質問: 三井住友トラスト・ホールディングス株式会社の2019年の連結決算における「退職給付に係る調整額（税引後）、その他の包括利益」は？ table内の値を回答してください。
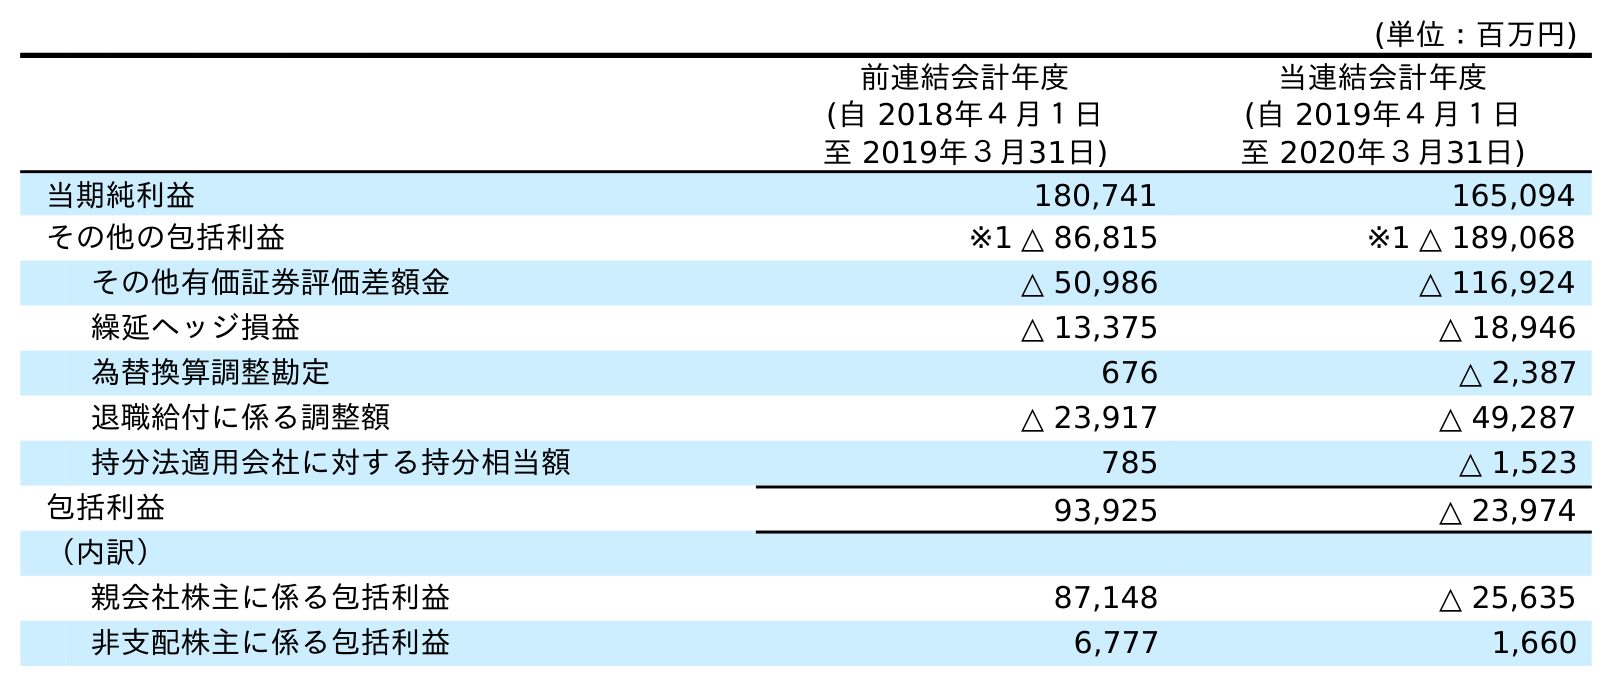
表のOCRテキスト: (単位：百万円) 前連結会計年度 (自 2018年４月１日 至 2019年３月31日) 当連結会計年度 (自 2019年４月１日 至 2020年３月31日) 当期純利益 180,741 165,094 その他の包括利益 ※1 △ 86,815 ※1 △ 189,068 その他有価証券評価差額金 △ 50,986 △ 116,924 繰延ヘッジ損益 △ 13,375 △ 18,946 為替換算調整勘定 676 △ 2,387 退職給付に係る調整額 △ 23,917 △ 49,287 持分法適用会社に対する持分相当額 785 △ 1,523 包括利益 93,925 △ 23,974 （内訳） 親会社株主に係る包括利益 87,148 △ 25,635 非支配株主に係る包括利益 6,777 1,660
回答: △23,917